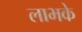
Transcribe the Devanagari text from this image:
लाभके